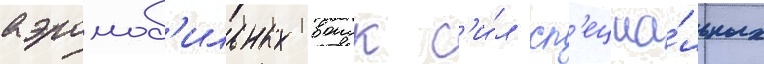
аэромоб'ильных воиск с'и́л сп'ециа́льных